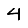
Digit: 4